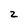
Character: z